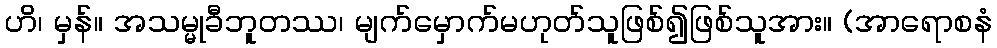
ဟိ၊ မှန်။ အသမ္မုခီဘူတဿ၊ မျက်မှောက်မဟုတ်သူဖြစ်၍ဖြစ်သူအား။ (အာရောစနံ